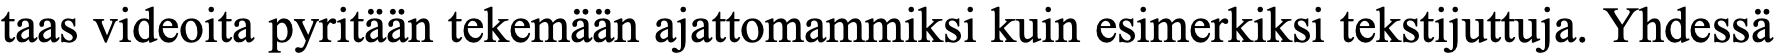
taas videoita pyritään tekemään ajattomammiksi kuin esimerkiksi tekstijuttuja. Yhdessä